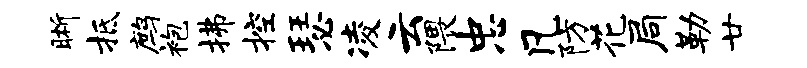
晰抵鹧袍拂控瑟凌云隈忠凡防花局勒廿